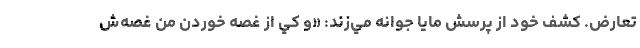
تعارض. كشف خود از پرسش مايا جوانه مي‌زند: «و كي از غصه خوردن من غصه‌ش